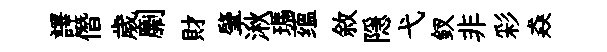
譯僭歲劘財肇湫瑪蕴敘隠弋釵非彩猋